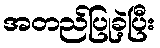
အတည်ပြုခဲ့ပြီး